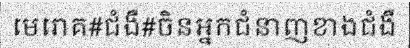
មេរោគ#ជំងឺ#ចិនអ្នកជំនាញខាងជំងឺ